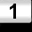
Digit: 1